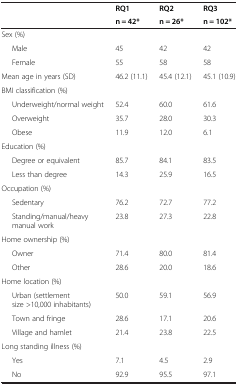
<table><thead><tr><td rowspan="2"></td><td><b>RQ1</b></td><td><b>RQ2</b></td><td><b>RQ3</b></td></tr><tr><td><b>n = 42*</b></td><td><b>n = 26*</b></td><td><b>n = 102*</b></td></tr></thead><tbody><tr><td>Sex (%)</td><td></td><td></td><td></td></tr><tr><td>Male</td><td>45</td><td>42</td><td>42</td></tr><tr><td>Female</td><td>55</td><td>58</td><td>58</td></tr><tr><td>Mean age in years (SD)</td><td>46.2 (11.1)</td><td>45.4 (12.1)</td><td>45.1 (10.9)</td></tr><tr><td>BMI classification (%)</td><td></td><td></td><td></td></tr><tr><td>Underweight/normal weight</td><td>52.4</td><td>60.0</td><td>61.6</td></tr><tr><td>Overweight</td><td>35.7</td><td>28.0</td><td>30.3</td></tr><tr><td>Obese</td><td>11.9</td><td>12.0</td><td>6.1</td></tr><tr><td>Education (%)</td><td></td><td></td><td></td></tr><tr><td>Degree or equivalent</td><td>85.7</td><td>84.1</td><td>83.5</td></tr><tr><td>Less than degree</td><td>14.3</td><td>25.9</td><td>16.5</td></tr><tr><td>Occupation (%)</td><td></td><td></td><td></td></tr><tr><td>Sedentary</td><td>76.2</td><td>72.7</td><td>77.2</td></tr><tr><td>Standing/manual/heavy manual work</td><td>23.8</td><td>27.3</td><td>22.8</td></tr><tr><td>Home ownership (%)</td><td></td><td></td><td></td></tr><tr><td>Owner</td><td>71.4</td><td>80.0</td><td>81.4</td></tr><tr><td>Other</td><td>28.6</td><td>20.0</td><td>18.6</td></tr><tr><td>Home location (%)</td><td></td><td></td><td></td></tr><tr><td>Urban (settlement size &gt;10,000 inhabitants)</td><td>50.0</td><td>59.1</td><td>56.9</td></tr><tr><td>Town and fringe</td><td>28.6</td><td>17.1</td><td>20.6</td></tr><tr><td>Village and hamlet</td><td>21.4</td><td>23.8</td><td>22.5</td></tr><tr><td>Long standing illness (%)</td><td></td><td></td><td></td></tr><tr><td>Yes</td><td>7.1</td><td>4.5</td><td>2.9</td></tr><tr><td>No</td><td>92.9</td><td>95.5</td><td>97.1</td></tr></tbody></table>